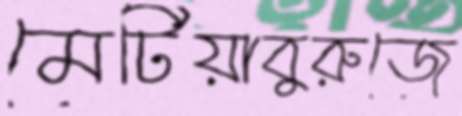
মেটিয়াবুরুজে